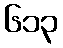
၆၁၃